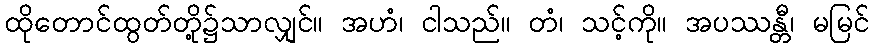
ထိုတောင်ထွတ်တို့၌သာလျှင်။ အဟံ၊ ငါသည်။ တံ၊ သင့်ကို။ အပဿန္တီ၊ မမြင်